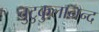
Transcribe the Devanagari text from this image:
चुटुकुलानन्द